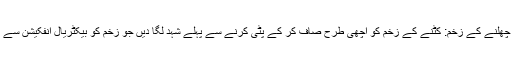
کٹنے اور چھلنے کے زخم: کٹنے کے زخم کو اچھی طرح صاف کر کے پٹی کرنے سے پہلے شہد لگا دیں جو زخم کو بیکٹریال انفکیشن سے بچائے گا۔